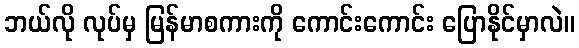
ဘယ်လို လုပ်မှ မြန်မာစကားကို ကောင်းကောင်း ပြောနိုင်မှာလဲ။